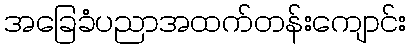
အခြေခံပညာအထက်တန်းကျောင်း